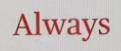
Always